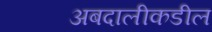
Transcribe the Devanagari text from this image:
अबदालीकडील